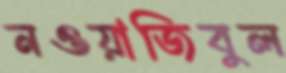
নওয়াজিবুল